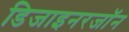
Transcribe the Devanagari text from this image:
डिजाइनरजॉन